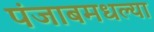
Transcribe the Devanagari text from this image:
पंजाबमधल्या